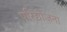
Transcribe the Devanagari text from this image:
परिद्योजना